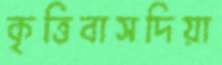
কৃত্তিবাসদিয়া